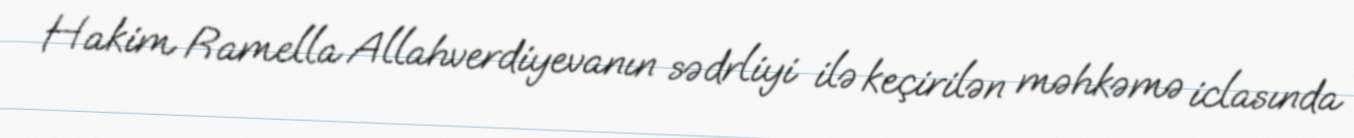
Hakim Ramella Allahverdiyevanın sədrliyi ilə keçirilən məhkəmə iclasında